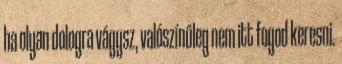
ha olyan dologra vágysz, valószínűleg nem itt fogod keresni.